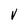
Character: V